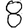
Digit: 8